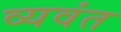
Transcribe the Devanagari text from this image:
व्यवंत